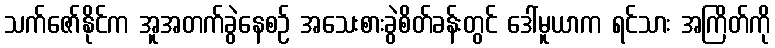
သက်ဇော်နိုင်က အူအတက်ခွဲနေစဉ် အသေးစားခွဲစိတ်ခန်းတွင် ဒေါ်မူယာက ရင်သား အကြိတ်ကို